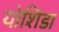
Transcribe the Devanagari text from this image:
योशिडा